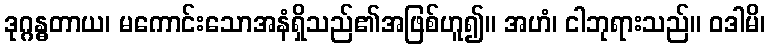
ဒုဂ္ဂန္ဓတာယ၊ မကောင်းသောအနံရှိသည်၏အဖြစ်ဟူ၍။ အဟံ၊ ငါဘုရားသည်။ ဝဒါမိ၊